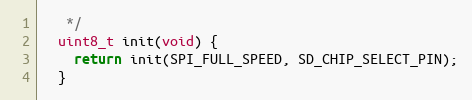
Language: C
   */
  uint8_t init(void) {
    return init(SPI_FULL_SPEED, SD_CHIP_SELECT_PIN);
  }